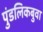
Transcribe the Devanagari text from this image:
पुंडलिकबुवा